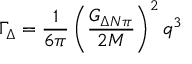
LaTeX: \Gamma _ { \Delta } = { \frac { 1 } { 6 \pi } } \left( { \frac { G _ { \Delta N \pi } } { 2 M } } \right) ^ { 2 } q ^ { 3 }